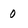
Character: o